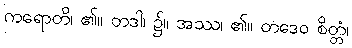
ကရောတိ၊ ၏။ တဒါ၊ ၌။ အဿ၊ ၏။ တဒေဝ စိတ္တံ၊